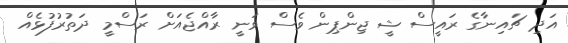
އަދި ޗައިނާގެ ރައީސް ޝީ ޖިންޕިން ވެސް ވަނީ ރާއްޖެއަށް ރަސްމީ ދަތުރުފުޅެއް